Reports on dispensaries and lunatic asylums in the Province of Oudh - 1869-1876
Year: 1869
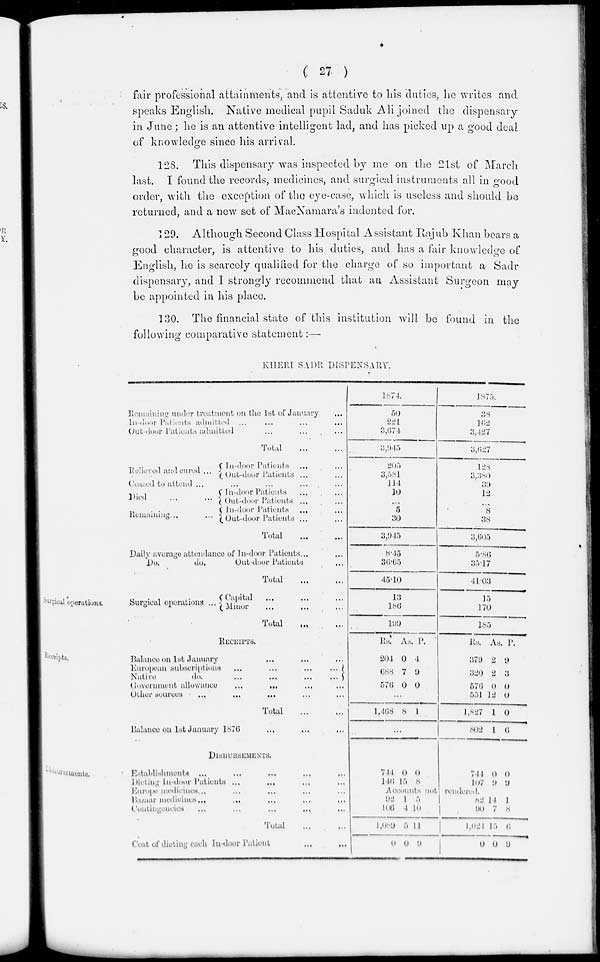
( 27 )
fair professional attainments, and is attentive to his duties, he writes and
speaks English. Native medical pupil Saduk Ali joined the dispensary
in June; he is an attentive intelligent lad, and has picked up a good deal
of knowledge since his arrival.
128. This dispensary was inspected by me on the 21st of March
last. I found the records, medicines, and surgical instruments all in good
order, with the exception of the eye-case, which is useless and should be
returned, and a new set of MacNamara's indented for.
129. Although Second Class Hospital Assistant Rajub Khan bears a
good character, is attentive to his duties, and has a fair knowledge of
English, he is scarcely qualified for the charge of so important a Sadr
dispensary, and I strongly recommend that an Assistant Surgeon may
be appointed in his place.
130. The financial state of this institution will be found in the
following comparative statement:—
KHERI SADR DISPENSARY.
Remaining under treatment on the 1st of January
...
In-door Patients admitted
...
...
...
...
Out-door Patients admitted ... ... ...
Total ... ...
Relieved and cured ...
In -door Patients ... ...
Out-door Patients ... ...
Ceased to attend ... ... ... ... ...
Died ... ...
Remaining ... ...
In-door Patients ... ...
Out-door Patients ... ...
In-door Patients ... ...
Out-door Patients ... ...
Total ... ...
Daily average attendance of In-door Patients ... ...
Do.
do.
Out-door
Patients ...
Total ... ...
1874.
50
221
3,674
3,945
205
3,581
114
10
...
5
30
3,945
8.45
36.65
45.10
1875.
38
162
3,427
3,627
128
3,380
39
12
...
8
38
3,605
5.86
35.17
41.03
surgical operations.
Surgical operations ... Capital ... ... ...
Minor ... ... ...
Total ... ...
13
186
199
15
170
185
Receipts.
RECEIPTS.
Balance on 1st January ... ... ...
European subscriptions
...
...
...
...
Native
do.
...
...
...
...
Government allowance
...
...
...
...
Other sources
...
...
...
Total
...
...
Balance on 1st January 1876 ... ... ...
Rs.
204
688
576
As
0
7
0
P.
4
9
0
...
1,468 8 1
...
Rs.
379
320
576
551
1,827
802
As
2
2
0
12
1
1
P.
9
3
0
0
0
6
Disbursements.
DISBURSEMENTS.
Establishments ... ... ... ...
Dieting In-door Patients ... ... ... ...
Europe medicines ... ... ... ... ...
Bazaar medicines ... ... ... ... ...
Contingencies
...
...
...
...
...
Total ... ...
Cost of dieting each In-door Patient
...
...
714
146
0
l5
0
8
744
l 0 7
0
9
0
9
Accounts
not
rendered.
92
106
1,089
0
1
1
5
0
5
10
11
9
82
90
l,024
0
14
7
l5
0
1
8
6
9